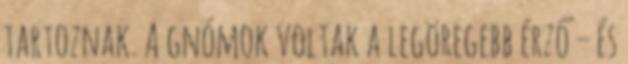
tartoznak. A gnómok voltak a legöregebb érző – és